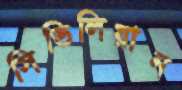
সিভিলিয়ান